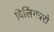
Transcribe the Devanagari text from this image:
विलिंगबरो